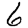
Digit: 6